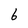
Character: 6